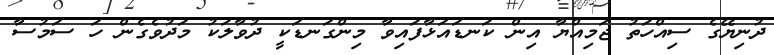
ދުނިޔޭގެ ސިއްހަތު ޖަމިއްޔާ އިން ކަނޑައަޅާފައިވާ މިންގަނޑަކީ ދުވާލަކު މަދުވެގެން ހަ ސަމުސާ